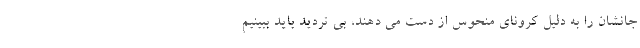
جانشان را به دلیل کرونای منحوس از دست می دهند، بی تردید باید ببینیم